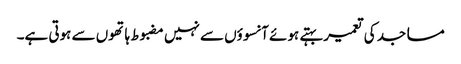
مساجد کی تعمیر بہتے ہوئے آنسوؤں سے نہیں مضبوط ہاتھوں سے ہوتی ہے۔